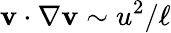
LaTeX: \mathbf{v}\cdot\nabla\mathbf{v}\sim u^{2}/\ell